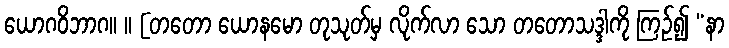
ယောဂဝိဘာဂ။ ။ [တတော ယောနမော တုသုတ်မှ လိုက်လာ သော တတောသဒ္ဒါကို ကြဉ်၍ “နာ